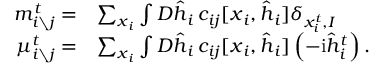
\begin{array} { r l } { m _ { i \setminus j } ^ { t } = } & { \sum _ { \boldsymbol { x } _ { i } } \int D \hat { \boldsymbol { h } } _ { i } \, c _ { i j } [ \boldsymbol { x } _ { i } , \hat { \boldsymbol { h } } _ { i } ] \delta _ { x _ { i } ^ { t } , I } } \\ { \mu _ { i \setminus j } ^ { t } = } & { \sum _ { \boldsymbol { x } _ { i } } \int D \hat { \boldsymbol { h } } _ { i } \, c _ { i j } [ \boldsymbol { x } _ { i } , \hat { \boldsymbol { h } } _ { i } ] \left( - \mathrm { i } \hat { h } _ { i } ^ { t } \right) . } \end{array}